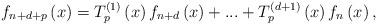
LaTeX: \begin{align*}f_{n+d+p}\left( x\right) =T_{p}^{\left( 1\right) }\left( x\right)f_{n+d}\left( x\right) +...+T_{p}^{\left( d+1\right) }\left( x\right)f_{n}\left( x\right) , \end{align*}